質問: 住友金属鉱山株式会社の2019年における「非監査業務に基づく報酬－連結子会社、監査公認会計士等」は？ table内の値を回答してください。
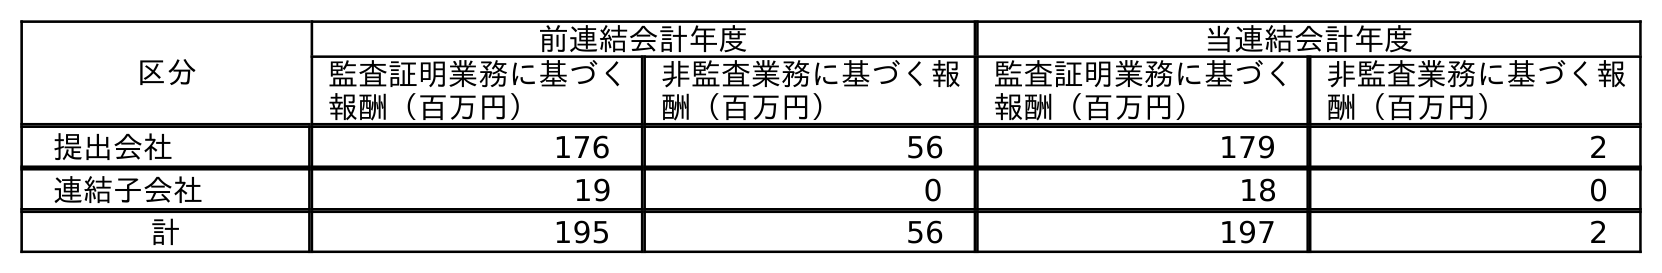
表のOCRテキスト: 区分 前連結会計年度 当連結会計年度 監査証明業務に基づく 報酬（百万円） 非監査業務に基づく報 酬（百万円） 監査証明業務に基づく 報酬（百万円） 非監査業務に基づく報 酬（百万円） 提出会社 176 56 179 2 連結子会社 19 0 18 0 計 195 56 197 2
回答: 0